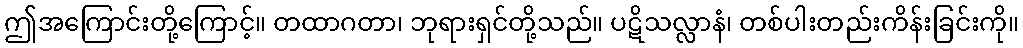
ဤအကြောင်းတို့ကြောင့်။ တထာဂတာ၊ ဘုရားရှင်တို့သည်။ ပဋိသလ္လာနံ၊ တစ်ပါးတည်းကိန်းခြင်းကို။